Report of the Indian Hemp Drugs Commission, 1894-1895 - Volume VI
Year: 1894
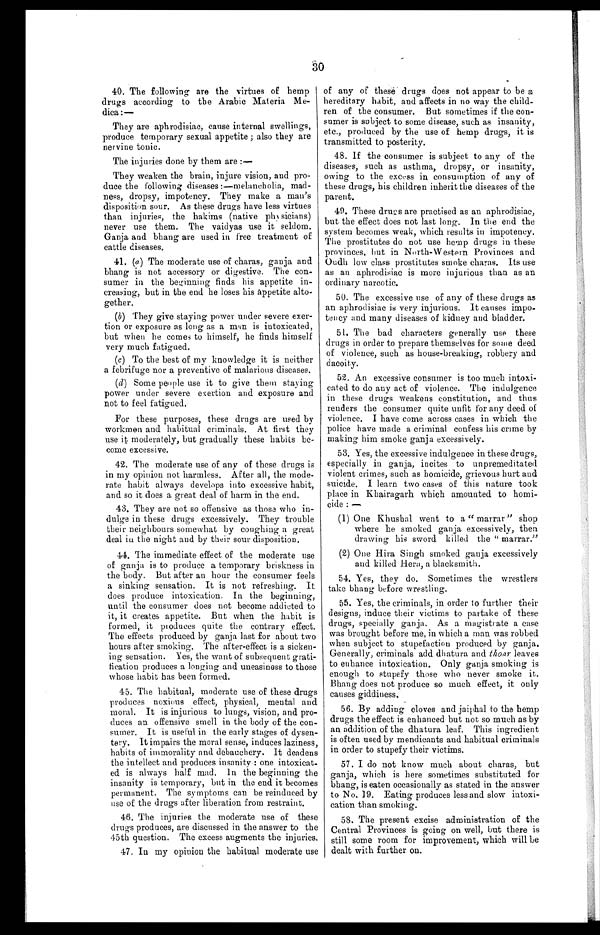
30
40. The following are the virtues of hemp
drugs according to the Arabic Materia Me-
dica :—
They are aphrodisiac, cause internal swellings,
produce temporary sexual appetite ; also they are
nervine tonic.
The injuries done by them are :—
They weaken the brain, injure vision, and pro-
duce the following diseases :—melancholia, mad-
ness, dropsy, impotency. They make a man's
disposition sour. As these drugs have less virtues
than injuries, the hakims (native physicians sicians)
never use them. The vaidyas use it seldom.
Ganja and bhang are used in free treatment of
cattle diseases.
41. (a) The moderate use of charas, ganja and
bhang is not accessory or digestive. The con-
sumer in the beginning finds his appetite in-
creasing, but in the end he loses his appetite alto-
gether.
(b) They give staying power under severe exer-
tion or exposure as long as a man is intoxicated,
but when he comes to himself, he finds himself
very much fatigued.
(c) To the best of my knowledge it is neither
a febrifuge nor a preventive of malarious diseases.
(d) Some people use it to give them staying
power under severe exertion and exposure and
not to feel fatigued.
For these purposes, these drugs are used by
workmen and habitual criminals. At first they
use it moderately, but gradually these habits be-
come excessive.
42. The moderate use of any of these drugs is
in my opinion not harmless. After all, the mode-
rate habit always develops into excessive habit,
and so it does a great deal of harm in the end,
43. They are not so offensive as those who in-
dulge in these drugs excessively. They trouble
their neighbours somewhat by coughing a great
deal in the night and by their sour disposition.
44. The immediate effect of the moderate use
of ganja is to produce a temporary briskness in
the body. But after an hour the consumer feels
a sinking sensation. It is not refreshing. It
does produce intoxication. In the beginning,
until the consumer does not become addicted to
it, it creates appetite. But when the habit is
formed, it produces quite the contrary effect.
The effects produced by ganja last for about two
hours after smoking. The after-effect is a sicken-
ing sensation. Yes, the want of subsequent grati-
fication produces a longing and uneasiness to those
whose habit has been formed.
45. The habitual, moderate use of these drugs
produces noxious effect, physical, mental and
moral. It is injurious to lungs, vision, and pro-
duces an offensive smell in the body of the con-
sumer. It is useful in the early stages of dysen-
tery. It impairs the moral sense, induces laziness,
habits of immorality and debauchery. It deadens
the intellect and produces insanity : one intoxicat-
ed is always half mad. In the beginning the
insanity is temporary, but in the end it becomes
permanent. The symptoms can be reinduced by
use of the drugs after liberation from restraint.
46. The injuries the moderate use of these
drugs produces, are discussed in the answer to the
45th question. The excess augments the injuries.
47. In my opinion the habitual moderate use
of any of these drugs does not appear to be a
hereditary habit, and affects in no way the child-
ren of the consumer. But sometimes if the con-
sumer is subject to some disease, such as insanity,
etc., produced by the use of hemp drugs, it is
transmitted to posterity.
48. If the consumer is subject to any of the
diseases, such as asthma, dropsy, or insanity,
owing to the excess in consumption of any of
these drugs, his children inherit the diseases of the
parent.
49. These dru g s are practised as an aphrodisiac,
but the effect does not last long. In the end the
system becomes weak, which results in impotency.
The prostitutes do not use hemp drugs in these
provinces, hut in North-Western Provinces and
Oudh low class prostitutes smoke charas. Its use
as an aphrodisiac is more injurious than as an
ordinary narcotic.
50. The excessive use of any of these drugs as
an aphrodisiac is very injurious. It causes impo-
tency and many diseases of kidney and bladder.
51. The bad characters generally use these
drugs in order to prepare themselves for some deed
of violence, such as house-breaking, robbery and
dacoity.
52. An excessive consumer is too much intoxi-
- c a t e d t o d o a n y a c t o f v i o l e n c e . T h e i n d u l g e n c e
in these drugs weakens constitution, and thus
renders the consumer quite unfit for any deed of
violence. I have come across cases in which the
police have made a criminal confess his crime by
making him smoke ganja excessively.
53. Yes, the excessive indulgence in these drugs,
especially in ganja, incites to unpremeditated
violent crimes, such as homicide, grievous hurt and
suicide. I learn two cases of this nature took
place in Khairagarh which amounted to homi-
- c i d e : —
(1) One Khushal went to a " marrar " shop
where he smoked ganja excessively, then
drawing his sword killed the " marrar."
(2) One Hira Singh smoked ganja excessively
and killed Hera, a blacksmith.
54. Yes, they do. Sometimes the wrestlers
take bhang before wrestling.
55. Yes, the criminals, in order to further their
designs, induce their victims to partake of these
drugs, specially ganja. As a magistrate a case
was brought before me, in which a man was robbed
when subject to stupefaction produced by ganja.
Generally, criminals add dhatura and thoar leaves
to enhance intoxication. Only ganja smoking is
enough to stupefy those who never smoke it.
Bhang does not produce so much effect, it only
causes giddiness.
56. By adding cloves and jaiphal to the hemp
drugs the effect is enhanced but not so much as by
an addition of the dhatura leaf. This ingredient
is often used by mendicants and habitual criminals
in order to stupefy their victims.
57, I do not know much about charas, but
ganja, which is here sometimes substituted for
bhang, is eaten occasionally as stated in the answer
to No. 19. Eating produces less and slow intoxi-
- c a t i o n t h a n s m o k i n g .
58. The present excise administration of the
Central Provinces is going on well, but there is
still some room for improvement, which will be
dealt with further on.